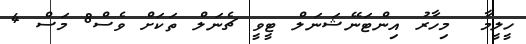
ހީލީމާ  މިހާރު އިންޓަނޭޝަނަލް ޓީވީ ޗެނަލް ތަކަށް ވެސް8 މަސް 4